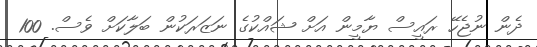
ދެން ނުޖެހޭ ރައީސް ޔާމީން އަށް ޝައްކުގެ ނަޒަރަކުން ބަލާކަށް ވެސް. 100